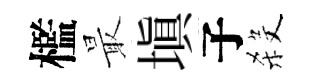
檻最塡子殺